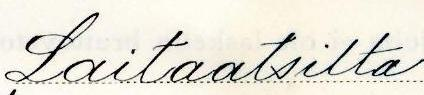
Laitaatsilta